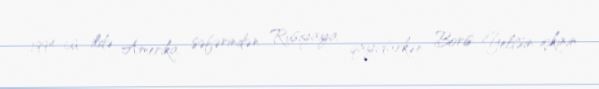
1994-cü ildə Amerika səfərindən Rusiyaya qayıdarkən Boris Yeltsin içkinin